Vaccination report Assam 1874-1896 - 1874-1896
Year: 1874
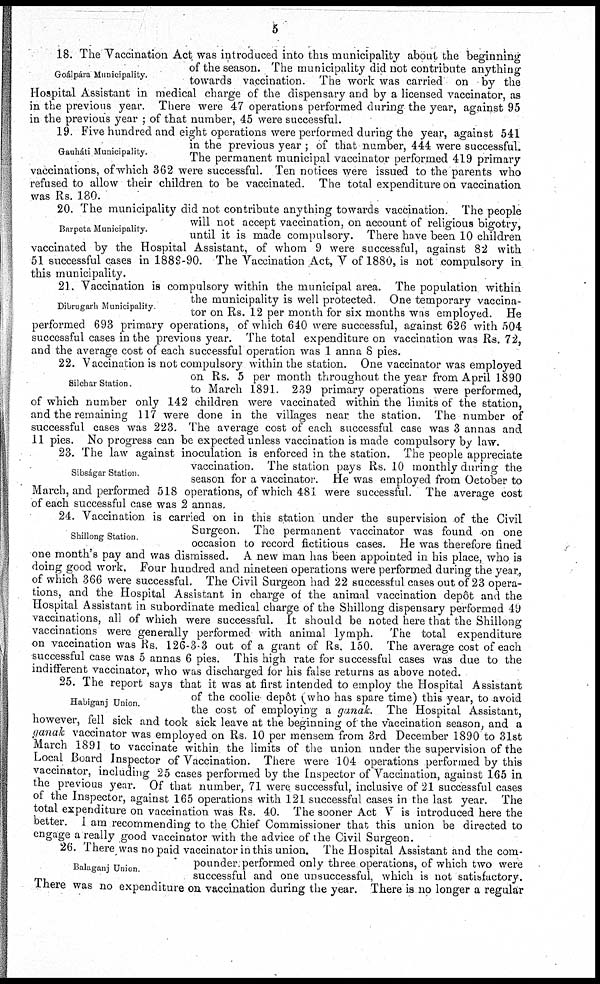
5
Goálpára Municipality.
18. The Vaccination Act was introduced into this municipality about the beginning
of the season. The municipality did not contribute anything
towards vaccination. The work was carried on by the
Hospital Assistant in medical charge of the dispensary and by a licensed vaccinator, as
in the previous year. There were 47 operations performed during the year, against 95
in the previous year ; of that number, 45 were successful.
Gauháti Municipality.
19. Five hundred and eight operations were performed during the year, against 541
in the previous year ; of that number, 444 were successful.
The permanent municipal vaccinator performed 419 primary
vaccinations, of which 362 were successful. Ten notices were issued to the parents who
refused to allow their children to be vaccinated. The total expenditure on vaccination
was Rs. 180.
Barpeta Municipality.
20. The municipality did not contribute anything towards vaccination. The people
will not accept vaccination, on account of religious bigotry,
until it is made compulsory. There have been 10 children
vaccinated by the Hospital Assistant, of whom 9 were successful, against 82 with
51 successful cases in 1889-90. The Vaccination Act, V of 1880, is not compulsory in
this municipality.
Dibrugarh Municipality
21. Vaccination is compulsory within the municipal area. The population within
the municipality is well protected. One temporary vaccina-
tor on Rs. 12 per month for six months was employed. He
performed 693 primary operations, of which 640 were successful, against 626 with 504
successful cases in the previous year. The total expenditure on vaccination was Rs. 72,
and the average cost of each successful operation was 1 anna 8 pies.
Silchar Station.
22. Vaccination is not compulsory within the station. One vaccinator was employed
on Rs. 5 per month throughout the year from April 1890
to March 1891. 239 primary operations were performed,
of which number only 142 children were vaccinated within the limits of the station,
and the remaining 117 were done in the villages near the station. The number of
successful cases was 223. The average cost of each successful case was 3 annas and
11 pies. No Progress can be expected unless vaccination is made compulsory by law.
Sibságar Station.
23. The law against inoculation is enforced in the station. The people appreciate
vaccination. The station pays Rs. 10 monthly during the
season for a vaccinator. He was employed from October to
March, and performed 518 operations, of which 481 were successful. The average cost
of each successful case was 2 annas.
Shillong Station
24. Vaccination is carried on in this station under the supervision of the Civil
Surgeon. The permanent vaccinator was found on one
occasion to record fictitious cases. He was therefore fined
one month's pay and was dismissed. A new man has been appointed in his place, who is
doing good work. Four hundred and nineteen operations were performed during the year,
of which 366 were successful. The Civil Surgeon had 22 successful cases out of 23 opera-
tions, and the Hospital Assistant in charge of the animal vaccination depôt and the
Hospital Assistant in subordinate medical charge of the Shillong dispensary performed 49
vaccinations, all of which were successful. It should be noted here that the Shillong
vaccinations were generally performed with animal lymph. The total expenditure
on vaccination was Rs. 126-3-3 out of a grant of Rs. 150. The average cost of each
successful case was 5 annas 6 pies. This high rate for successful cases was due to the
indifferent vaccinator, who was discharged for his false returns as above noted.
Habiganj Union.
25. The report says that it was at first intended to employ the Hospital Assistant
of the coolie depôt (who has spare time) this year, to avoid
the cost of employing a ganak. The Hospital Assistant,
however, fell sick and took sick leave at the beginning of the vaccination season, and a
ganak vaccinator was employed on Rs. 10 per mensem from 3rd December 1890 to 31st
March 1891 to vaccinate within the limits of the union under the supervision of the
Local Board Inspector of Vaccination. There were 104 operations performed by this
vaccinator, including 25 cases performed by the Inspector of Vaccination, against 165 in
the previous year. Of that number, 71 were successful, inclusive of 21 successful cases
of the Inspector, against 165 operations with 121 successful cases in the last year. The
total expenditure on vaccination was Rs. 40. The sooner Act V is introduced here the
better. I am recommending to the Chief Commissioner that this union be directed to
engage a really good vaccinator with the advice of the Civil Surgeon.
Balaganj Union
26. There was no paid vaccinator in this union. The Hospital Assistant and the com-
pounder performed only three operations, of which two were
successful and one unsuccessful, which is not satisfactory.
There was no expenditure on vaccination during the year. There is no longer a regular